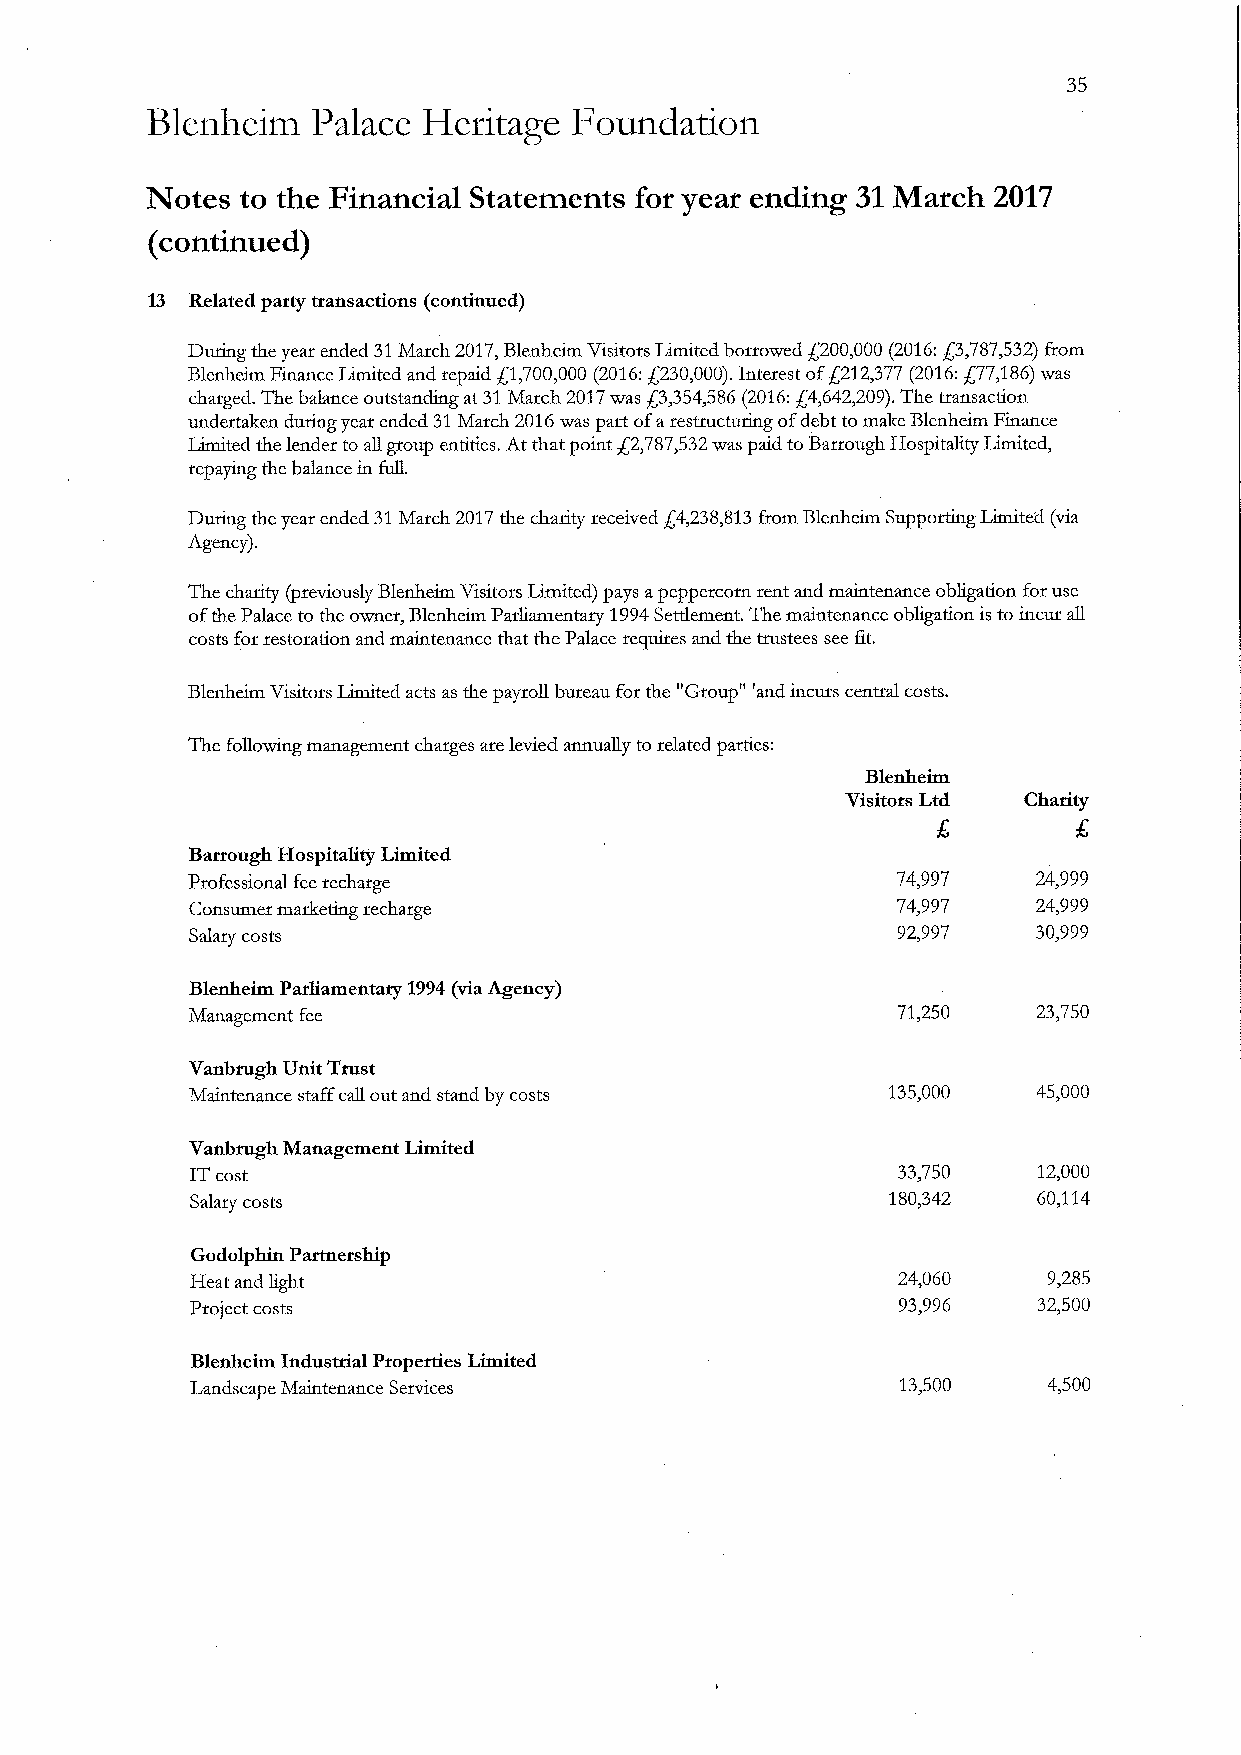
Blenheim   Palace Heritage  Foundation
 Notes to the Financial Statements for year ending 31March 2017
 (continued)
 13 Related party transactions (continued)
 During the year ended 31March 2017,Blenheim Visitors Limited borrowed $200,000 (2016:g3,787,532)from
 Blenheim Finance Limited and repaid $1,700,000 (2016:$230,000).Interest off212,377 (2016:f77,186)was
 charged. The balance outstanding at 31March 2017was $3,354,586 (2016:$4,642,209).The transaction
 undertaken during year ended 31March 2016was part ofarestructuring ofdebt tomake Blenheim Finance
 Limited the lender to all group entities. At that point $2,787,532was paid toBartough Hospitality Limited,
 repaying the balance in full.
 During the year ended 31March 2017the charity received g4,238,813from Blenheim Supporting Limited (via
 Agency).
 The charity (previously Blenheim Visitors Limited) pays apeppercorn rent and maintenance obligation for use
 ofthe Palace to the owner, Blenheim Parliamentary 1994Settlement. The maintenance obligation is to incur all
 costs for restoration and maintenance that the Palace requires and the trustees see fit.
 Blenheim Visitors Limited acts as the payroll bureau for the "Group" 'and incurs central costs.
 The following management charges are levied annually to related parties:
 Blenheim
 Visitors Ltd Charity
 Barrough Hospitality Limited
 Professional fee recharge                      74,997    24,999
 Consumer marketing recharge                   74,997    24,999
 Salary costs                                  92,997    30,999
 Blenheim Parliamentary 1994(via Agency)
 Management fee                                 71,250    23,750
 Vanbrugh Unit Trust
 Maintenance staff call out and stand by costs 135,000   45,000
 Vanbrugh Management Limited
 ITcost                                        33,750    12,000
 Salary costs                                  180,342   60,114
 Godolphin Partnership
 Heat and light                                24,060    9,285
 Project costs                                 93,996    32,500
 Blenheim Industrial Properties Limited
 Landscape Maintenance Services                 13,500   4,500